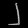
Digit: ၂